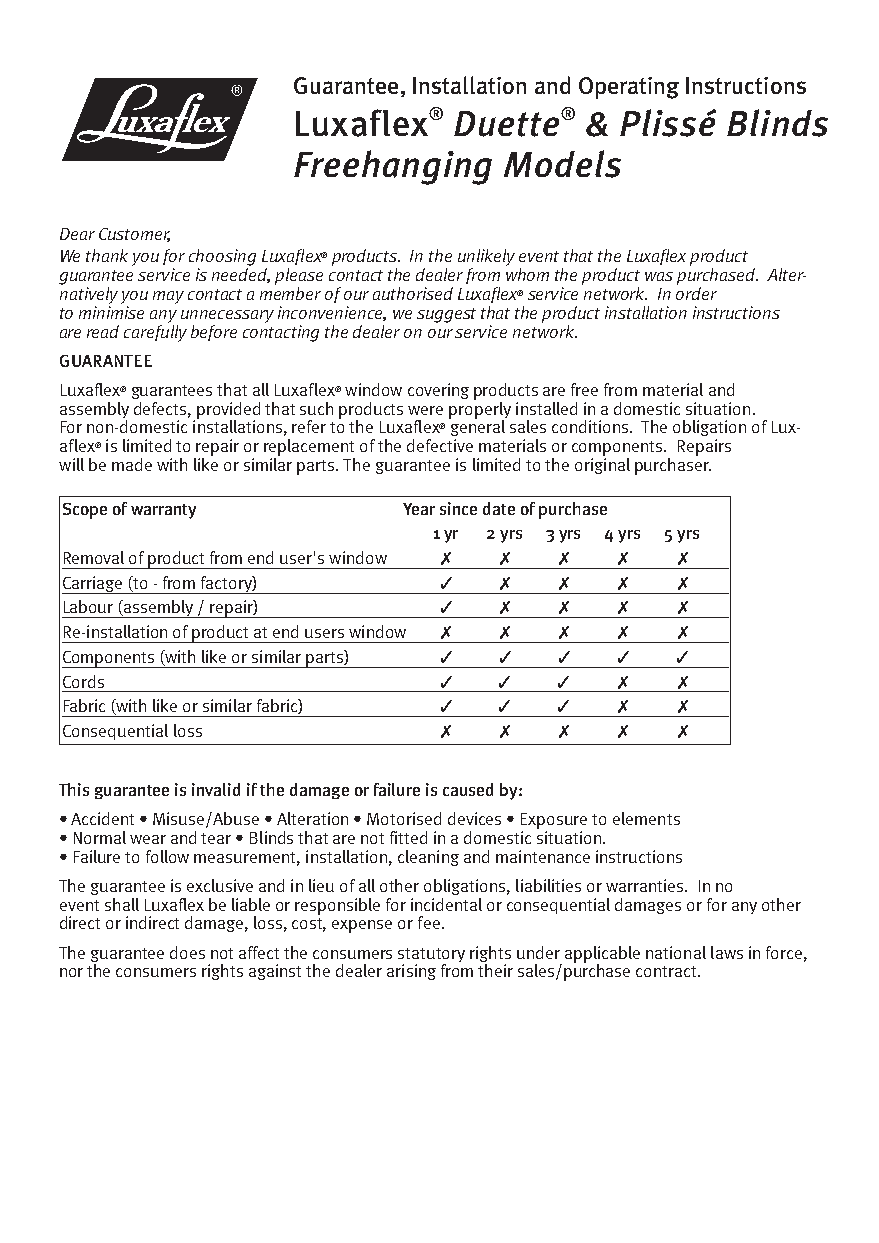
free hanging instructions june 09.qxd:Layout 3 10/8/09 16:15 Page 3
 Guarantee, Installation and Operating Instructions
 Luxaflex®  Duette®  & Plissé Blinds
 Freehanging   Models
 Dear Customer,
 We thank you for choosing Luxaflex®products. In the unlikely event that the Luxaflex product
 guarantee service is needed, please contact the dealer from whom the product was purchased. Alter-
 natively you may contact a member of our authorised Luxaflex®service network. In order
 to minimise any unnecessary inconvenience, we suggest that the product installation instructions
 are read carefully before contacting the dealer on our service network.
 GUARANTEE
 Luxaflex®guarantees that all Luxaflex®window covering products are free from material and
 assembly defects, provided that such products were properly installed in a domestic situation.
 For non-domestic installations, refer to the Luxaflex®general sales conditions. The obligation of Lux-
 aflex®is limited to repair or replacement of the defective materials or components. Repairs
 will be made with like or similar parts. The guarantee is limited to the original purchaser.
 Scope of warranty      Year since date of purchase
 1 yr 2 yrs 3 yrs 4 yrs 5 yrs
 Removal of product from end user's window ✗ ✗ ✗ ✗ ✗
 Carriage (to - from factory) ✓ ✗ ✗   ✗   ✗
 Labour (assembly / repair) ✓ ✗   ✗   ✗   ✗
 Re-installation of product at end users window ✗ ✗ ✗ ✗ ✗
 Components (with like or similar parts) ✓ ✓ ✓ ✓ ✓
 Cords                    ✓   ✓   ✓   ✗   ✗
 Fabric (with like or similar fabric) ✓ ✓ ✓ ✗ ✗
 Consequential loss       ✗   ✗   ✗   ✗   ✗
 This guarantee is invalid if the damage or failure is caused by:
 • Accident • Misuse/Abuse • Alteration • Motorised devices • Exposure to elements
 • Normal wear and tear • Blinds that are not fitted in a domestic situation.
 • Failure to follow measurement, installation, cleaning and maintenance instructions
 The guarantee is exclusive and in lieu of all other obligations, liabilities or warranties. In no
 event shall Luxaflex be liable or responsible for incidental or consequential damages or for any other
 direct or indirect damage, loss, cost, expense or fee.
 The guarantee does not affect the consumers statutory rights under applicable national laws in force,
 nor the consumers rights against the dealer arising from their sales/purchase contract.